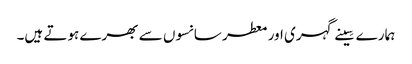
ہمارے سِینے گہری اور معطر سانسوں سے بھرے ہوتے ہیں۔